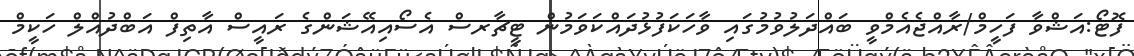
ފޮޓޯ:އަޝްވާ ފަހީމް/ރާއްޖެއެމްވީ ބައްދަލުވުމުގައި ވާހަކަފުޅުދައްކަވަމުން ޓީޗާރސް އެސޯއިއޭޝަންގެ ރައީސް އާތިފް އަބްދުއްލް ހަކީމް